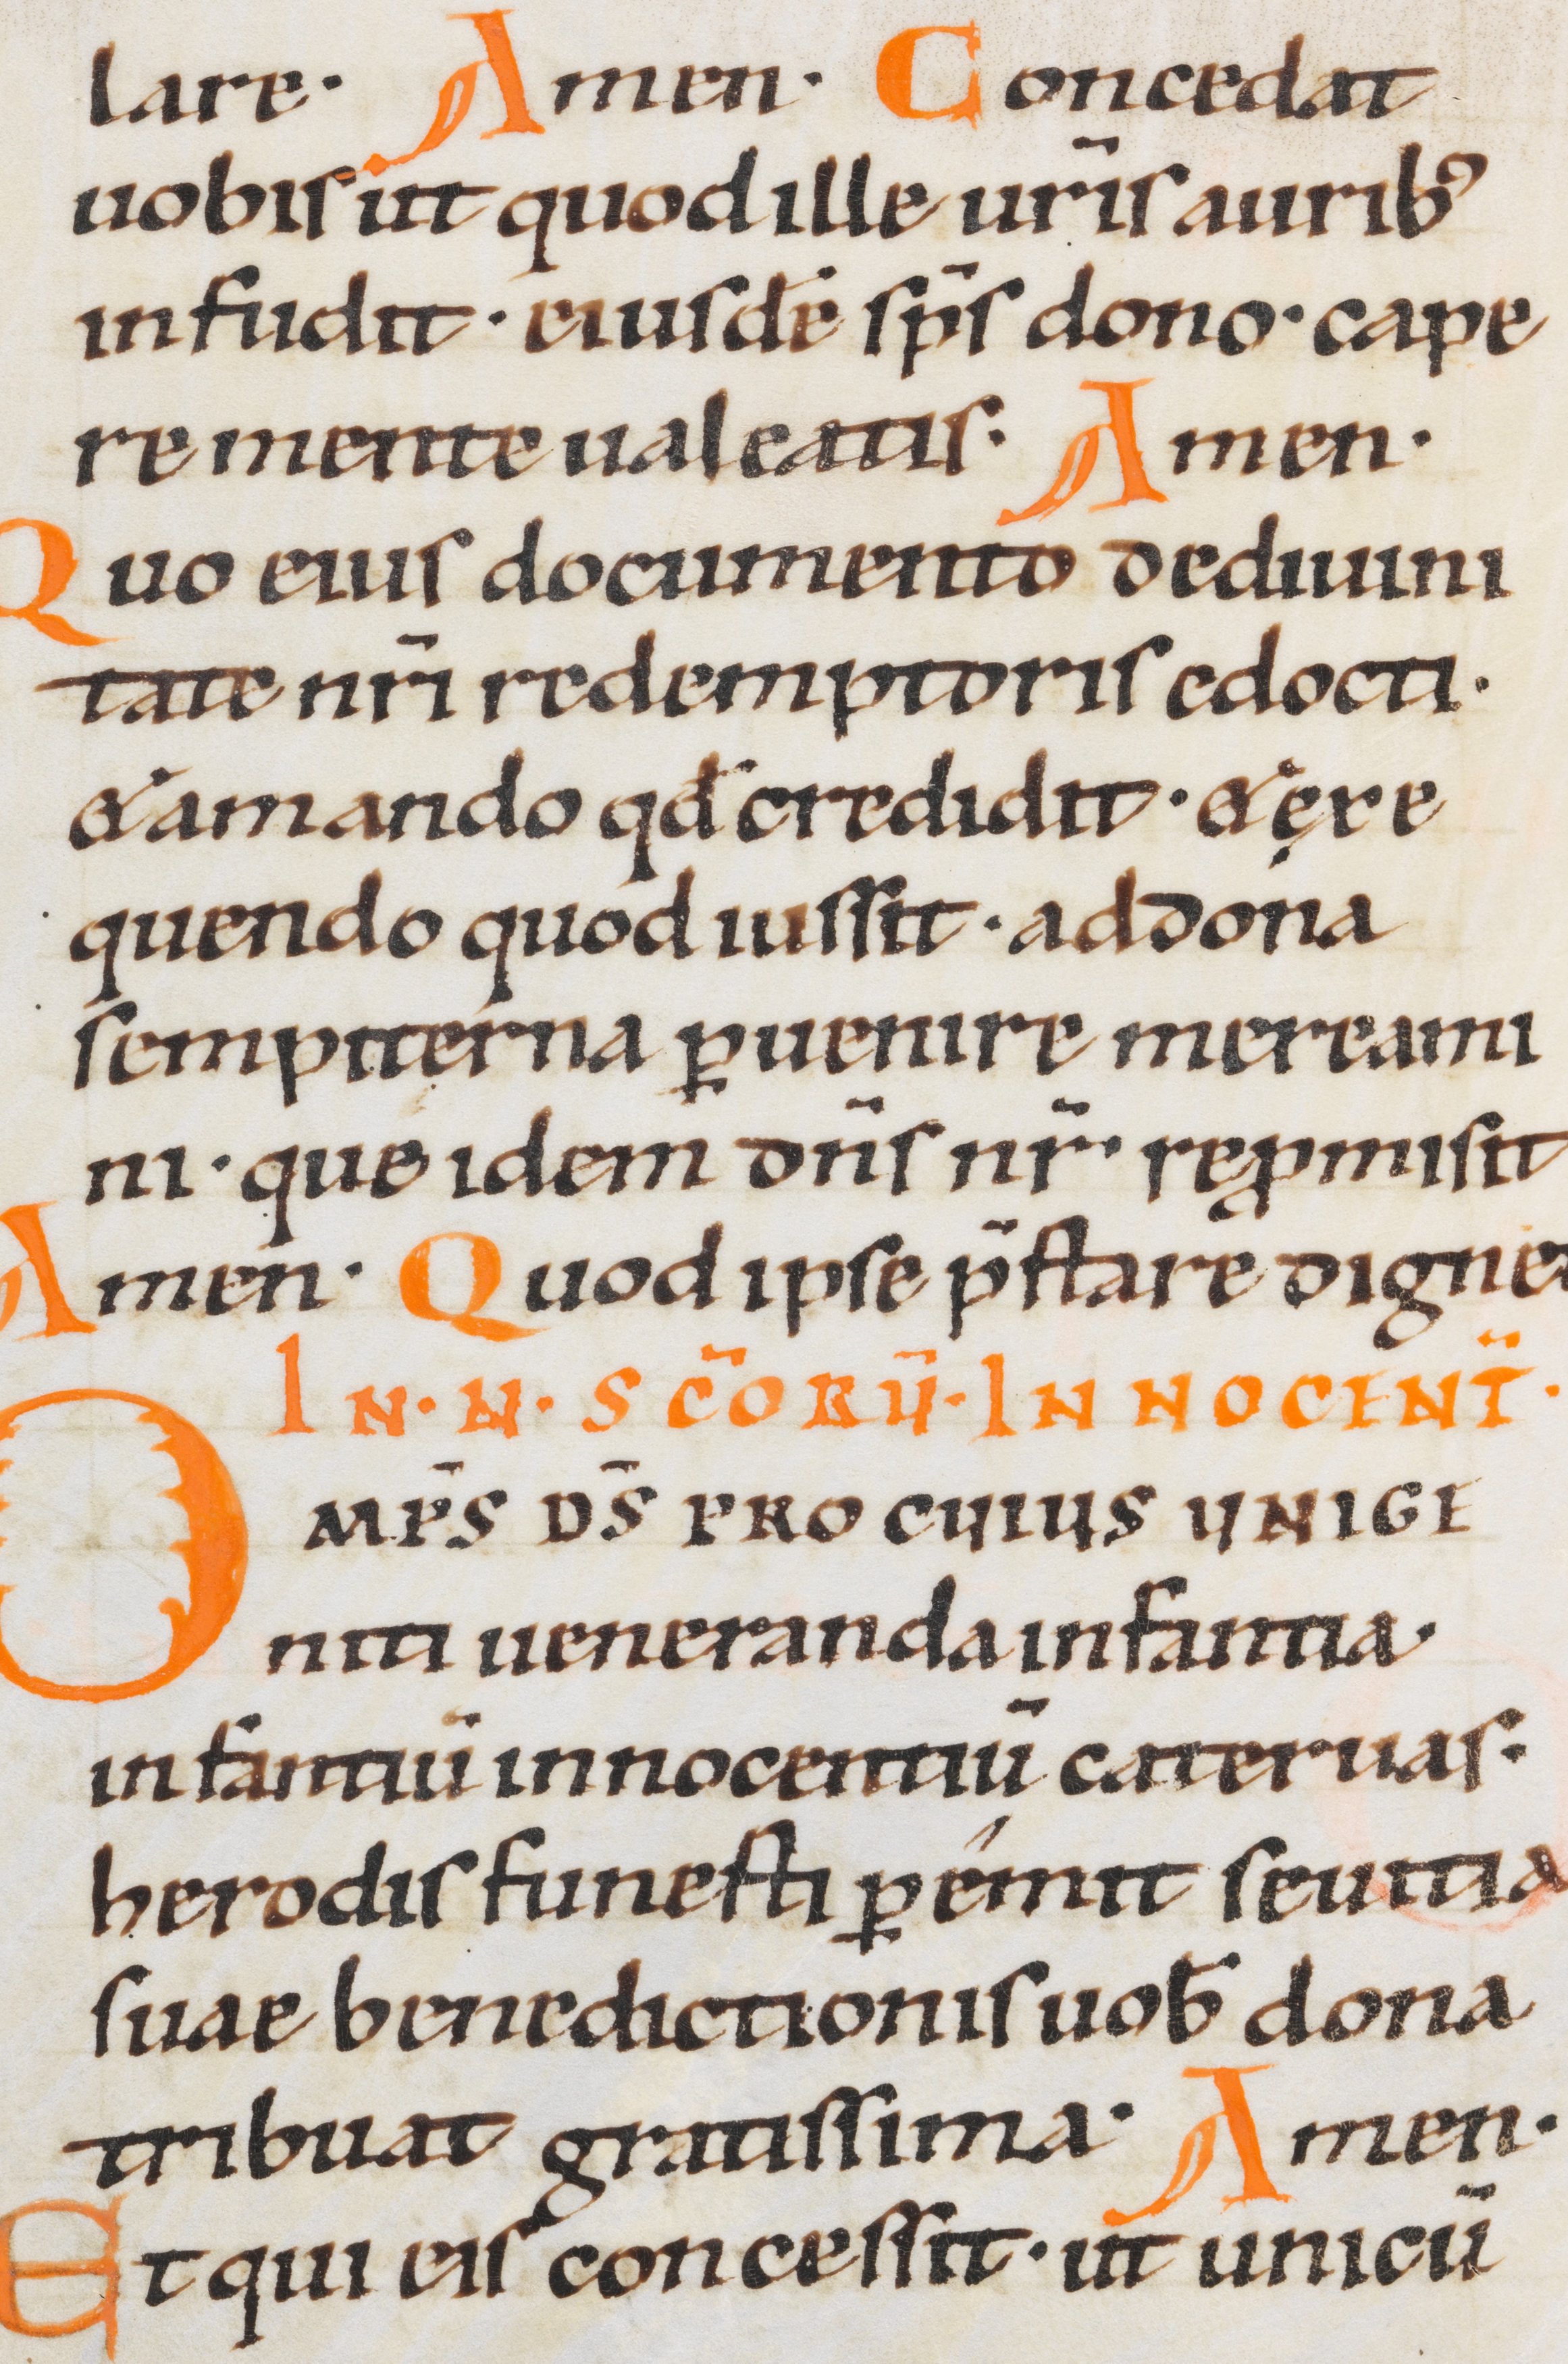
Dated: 1000–1099